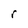
Character: r